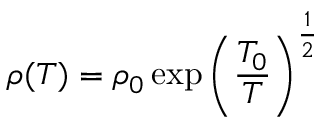
\rho ( T ) = \rho _ { 0 } \exp \left( \frac { T _ { 0 } } { T } \right) ^ { \frac { 1 } { 2 } }